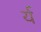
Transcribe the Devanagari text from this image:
र्य